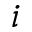
i